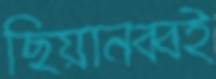
ছিয়ানব্বই